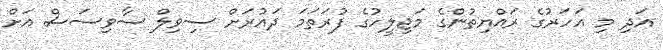
އަދި މި އަހަރުގެ ރައްޔިތުންގެ މަޖިލީހުގެ ފުރަތަމަ ދައުރަށް ސިވިލް ސާވިސަސް އަށް